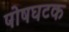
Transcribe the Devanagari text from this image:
पोषघटक